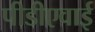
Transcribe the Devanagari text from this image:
पीडीएवाई